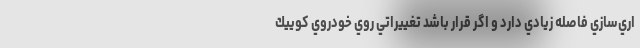
اري‌سازي فاصله زيادي دارد و اگر قرار باشد تغييراتي روي خودروي كویيك